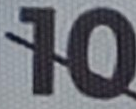
10